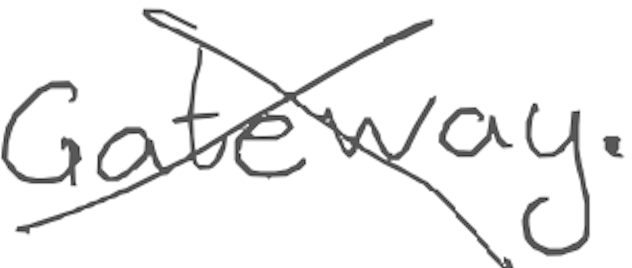
Text: Gateway.
Cross-out: cross
Writing tool: digital_gray